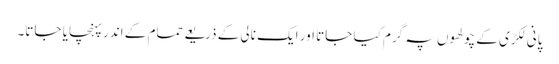
پانی لکڑی کے چولھوں پہ گرم کیا جاتا اور ایک نالی کے ذریعے حمام کے اندر پہنچایا جاتا۔